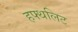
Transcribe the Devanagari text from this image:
हफ्थलिट